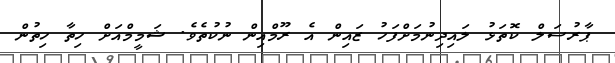
ޕާރުސަލް ކޮތަޅު ލައިދިނުމަށްފަހު ޒައިން އެ ރޫމްއިން ނުކުތެވެ. ޝަމީމްއަށް ހިތާ ހިތުން